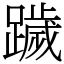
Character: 䠩